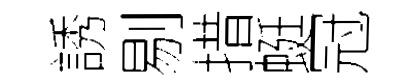
誘剔措蜓冠